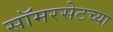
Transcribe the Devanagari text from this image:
सॉमरसेटच्या